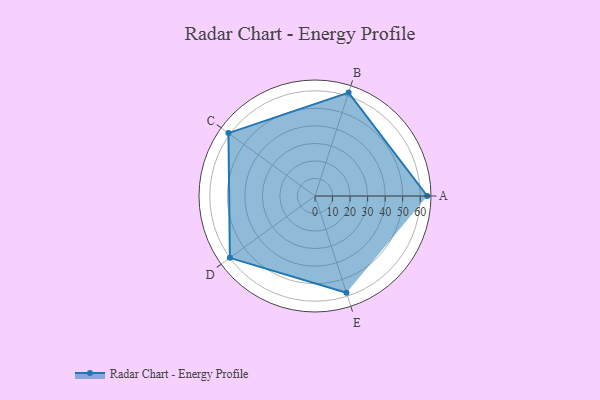
{"axis": {"x": "Skill", "y": "Score"}, "legend": ["Profile"], "data": [{"x": "A", "y": 64.0, "type": "Profile"}, {"x": "B", "y": 62.0, "type": "Profile"}, {"x": "C", "y": 61.0, "type": "Profile"}, {"x": "D", "y": 60.0, "type": "Profile"}, {"x": "E", "y": 58.0, "type": "Profile"}]}